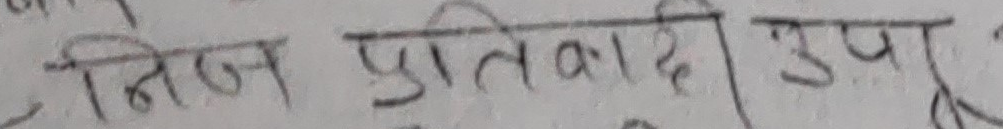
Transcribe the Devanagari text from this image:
निज प्रतिवादी उप